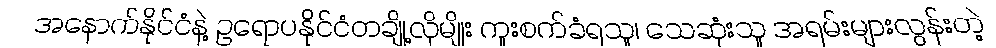
အနောက်နိုင်ငံနဲ့ ဥရောပနိုင်ငံတချို့လိုမျိုး ကူးစက်ခံရသူ၊ သေဆုံးသူ အရမ်းများလွန်းတဲ့